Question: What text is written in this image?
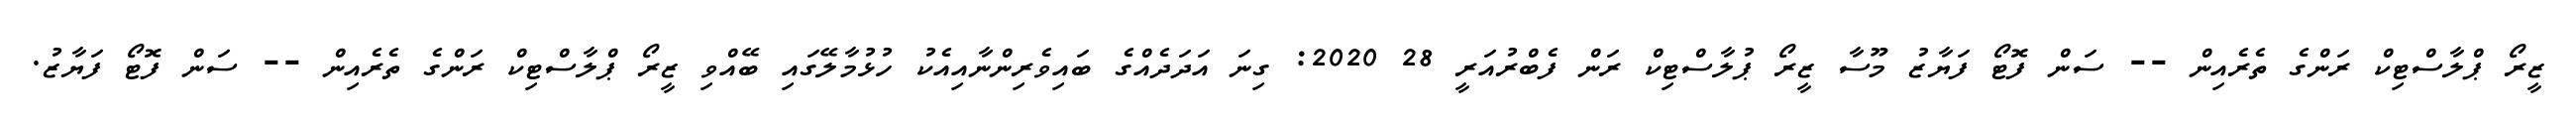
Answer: ޒީރޯ ޕްލާސްޓިކް ރަންގެ ތެރެއިން -- ސަން ފޮޓޯ ފަޔާޒު މޫސާ ޒީރޯ ޕުލާސްޓިކް ރަން ފެބްރުއަރީ 28 2020: ގިނަ އަދަދެއްގެ ބައިވެރިންނާއިއެކު ހުޅުމާލޭގައި ބޭއްވި ޒީރޯ ޕްލާސްޓިކް ރަންގެ ތެރެއިން -- ސަން ފޮޓޯ ފަޔާޒު.